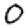
Digit: 0